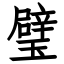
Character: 璧